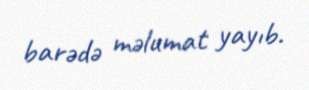
barədə məlumat yayıb.